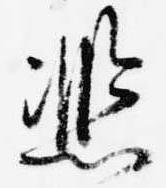
熈